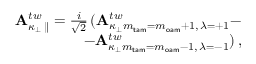
\begin{array} { r } { { \bf A } _ { \kappa _ { \perp } \, \parallel } ^ { t w } = \frac { i } { \sqrt { 2 } } \, ( { \bf A } _ { \kappa _ { \perp } m _ { \mathsf { t a m } } = m _ { \mathsf { o a m } } + 1 , \, \lambda = + 1 } ^ { t w } - } \\ { - { \bf A } _ { \kappa _ { \perp } m _ { \mathsf { t a m } } = m _ { \mathsf { o a m } } - 1 , \, \lambda = - 1 } ^ { t w } ) \, , } \end{array}